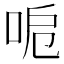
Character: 𠲪